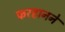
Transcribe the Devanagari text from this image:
फरहानने